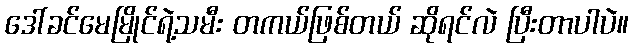
ဒေါ်ခင်မေမြိုင်ရဲ့သမီး တကယ်ဖြစ်တယ် ဆိုရင်လဲ ပြီးတာပါပဲ။